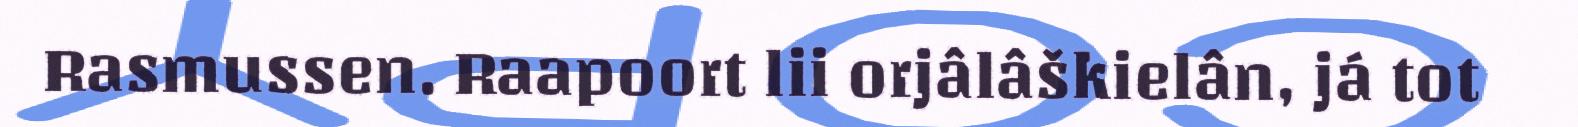
Rasmussen. Raapoort lii orjâlâškielân, já tot